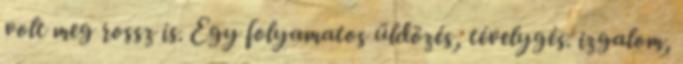
volt meg rossz is. Egy folyamatos üldözés, tévelygés. izgalom,